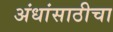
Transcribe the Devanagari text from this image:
अंधांसाठीचा